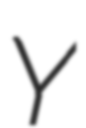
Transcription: Y